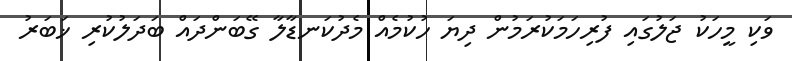
ވަކި މީހަކު ޖަލުގައި ފުރިހަމަކުރަމުން ދިޔަ ހުކުމެއް މެދުކަނޑާލާ ގޭބަންދައް ބަދަލުކުރި ޚަބަރު